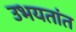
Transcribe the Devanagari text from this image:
उभयतांत